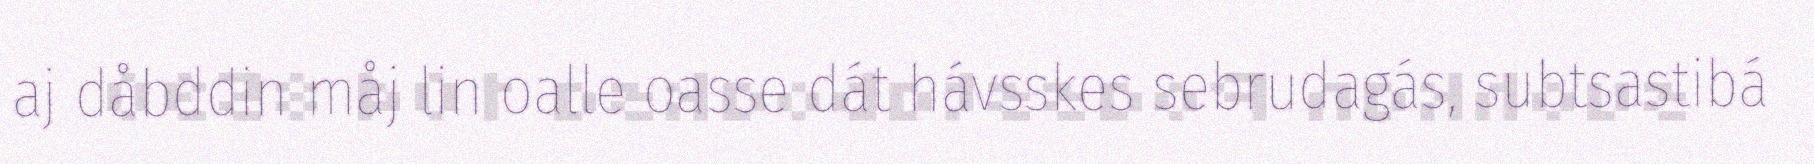
aj dåbddin måj lin oalle oasse dát hávsskes sebrudagás, subtsastibá